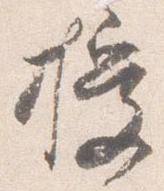
授